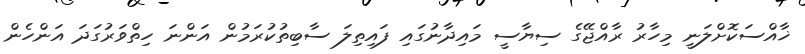
ޚާއްސަކޮށްލަނީ މިހާރު ރާއްޖޭގެ ސިޔާސީ މައިދާނުގައި ފައިތިލަ ސާބިތުކުރަމުން އަންނަ ހިތްވަރުގަދަ އަންހެން